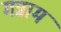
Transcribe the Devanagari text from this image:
मन्नाम